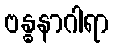
ဗန္ဓနာဂါရာ